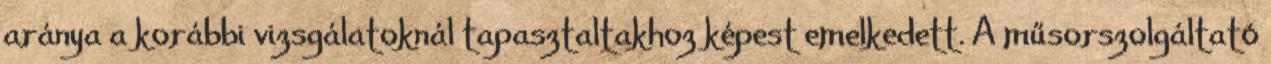
aránya a korábbi vizsgálatoknál tapasztaltakhoz képest emelkedett. A műsorszolgáltató